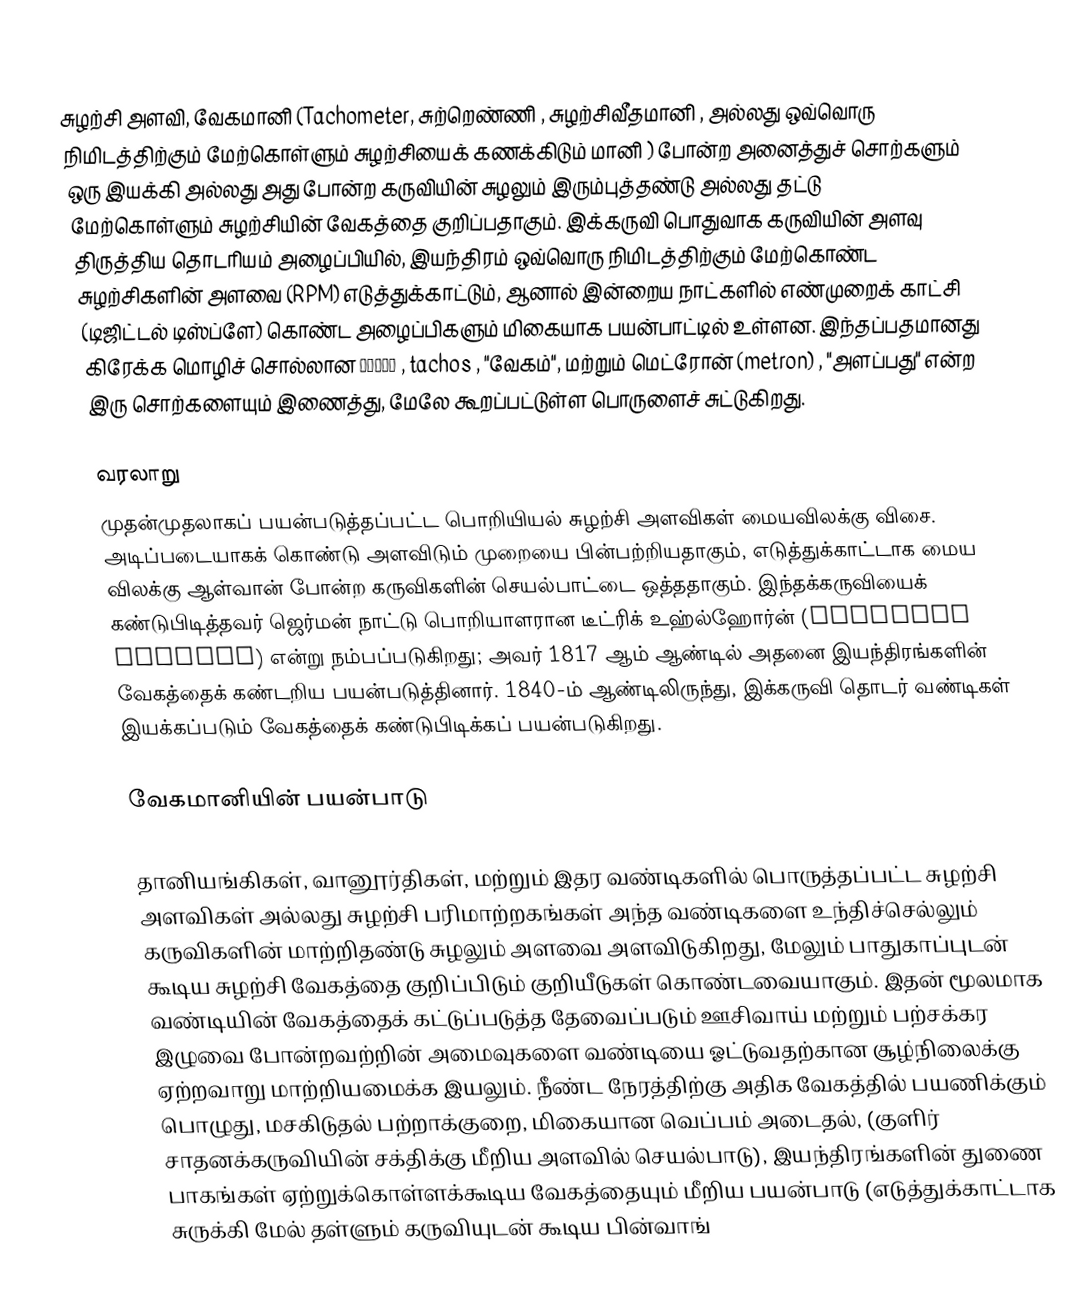
சுழற்சி அளவி, வேகமானி (Tachometer, சுற்றெண்ணி , சுழற்சிவீதமானி , அல்லது ஒவ்வொரு நிமிடத்திற்கும் மேற்கொள்ளும் சுழற்சியைக் கணக்கிடும் மானி ) போன்ற அனைத்துச் சொற்களும் ஒரு இயக்கி அல்லது அது போன்ற கருவியின் சுழலும் இரும்புத்தண்டு அல்லது தட்டு மேற்கொள்ளும் சுழற்சியின் வேகத்தை குறிப்பதாகும். இக்கருவி பொதுவாக கருவியின் அளவு திருத்திய தொடரியம் அழைப்பியில், இயந்திரம் ஒவ்வொரு நிமிடத்திற்கும் மேற்கொண்ட சுழற்சிகளின் அளவை (RPM) எடுத்துக்காட்டும், ஆனால் இன்றைய நாட்களில் எண்முறைக் காட்சி (டிஜிட்டல் டிஸ்ப்ளே) கொண்ட அழைப்பிகளும் மிகையாக பயன்பாட்டில் உள்ளன. இந்தப்பதமானது கிரேக்க மொழிச் சொல்லான Ταχος , tachos , "வேகம்", மற்றும் மெட்ரோன் (metron) , "அளப்பது" என்ற இரு சொற்களையும் இணைத்து, மேலே கூறப்பட்டுள்ள பொருளைச் சுட்டுகிறது.

வரலாறு
முதன்முதலாகப் பயன்படுத்தப்பட்ட பொறியியல் சுழற்சி அளவிகள் மையவிலக்கு விசை. அடிப்படையாகக் கொண்டு அளவிடும் முறையை பின்பற்றியதாகும், எடுத்துக்காட்டாக மைய விலக்கு ஆள்வான் போன்ற கருவிகளின் செயல்பாட்டை ஒத்ததாகும். இந்தக்கருவியைக் கண்டுபிடித்தவர் ஜெர்மன் நாட்டு பொறியாளரான டீட்ரிக் உஹ்ல்ஹோர்ன் (Dietrich Uhlhorn) என்று நம்பப்படுகிறது; அவர் 1817 ஆம் ஆண்டில் அதனை இயந்திரங்களின் வேகத்தைக் கண்டறிய பயன்படுத்தினார். 1840-ம் ஆண்டிலிருந்து, இக்கருவி தொடர் வண்டிகள் இயக்கப்படும் வேகத்தைக் கண்டுபிடிக்கப் பயன்படுகிறது.

வேகமானியின் பயன்பாடு

தானியங்கிகள், வானூர்திகள், மற்றும் இதர வண்டிகளில் பொருத்தப்பட்ட சுழற்சி அளவிகள் அல்லது சுழற்சி பரிமாற்றகங்கள் அந்த வண்டிகளை உந்திச்செல்லும் கருவிகளின் மாற்றிதண்டு சுழலும் அளவை அளவிடுகிறது, மேலும் பாதுகாப்புடன் கூடிய சுழற்சி வேகத்தை குறிப்பிடும் குறியீடுகள் கொண்டவையாகும். இதன் மூலமாக வண்டியின் வேகத்தைக் கட்டுப்படுத்த தேவைப்படும் ஊசிவாய் மற்றும் பற்சக்கர இழுவை போன்றவற்றின் அமைவுகளை வண்டியை ஓட்டுவதற்கான சூழ்நிலைக்கு ஏற்றவாறு மாற்றியமைக்க இயலும். நீண்ட நேரத்திற்கு அதிக வேகத்தில் பயணிக்கும் பொழுது, மசகிடுதல் பற்றாக்குறை, மிகையான வெப்பம் அடைதல், (குளிர் சாதனக்கருவியின் சக்திக்கு மீறிய அளவில் செயல்பாடு), இயந்திரங்களின் துணை பாகங்கள் ஏற்றுக்கொள்ளக்கூடிய வேகத்தையும் மீறிய பயன்பாடு (எடுத்துக்காட்டாக சுருக்கி மேல் தள்ளும் கருவியுடன் கூடிய பின்வாங்